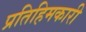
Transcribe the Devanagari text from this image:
प्रतिहिमकारी